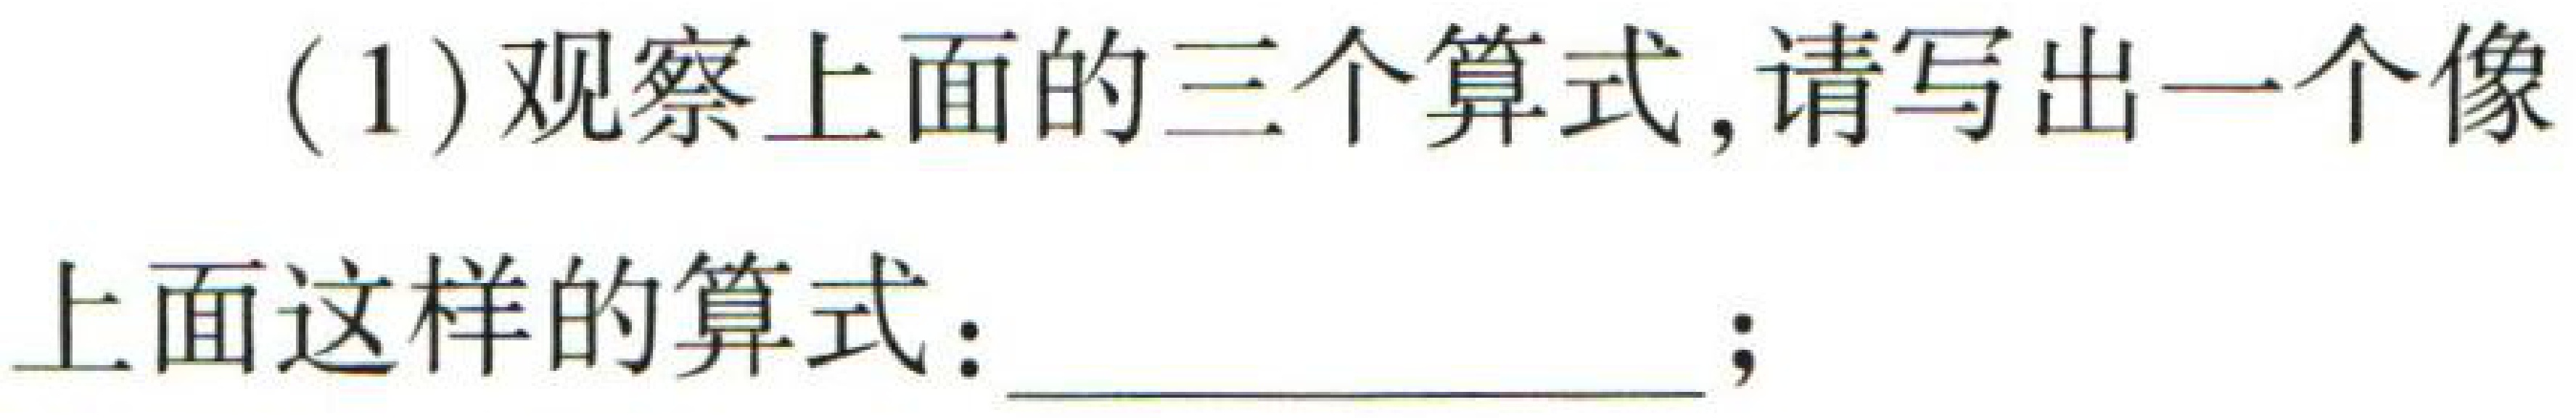
(1) 观察上面的三个算式，请写出一个像
上面这样的算式：  ；